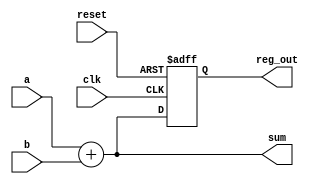
module combinational_sequential_example(
    input wire clk,             // Clock input
    input wire reset,           // Asynchronous reset
    input wire [3:0] a,         // 4-bit input a
    input wire [3:0] b,         // 4-bit input b
    output reg [3:0] sum,       // 4-bit output for sum
    output reg [3:0] reg_out    // 4-bit output for sequential logic
);

// Combinational logic using always @*
always @* begin
    sum = a + b;               // Sum is the addition of a and b
end

// Sequential logic using always @(posedge clk)
always @(posedge clk or posedge reset) begin
    if (reset) begin
        reg_out <= 4'b0000;    // Reset the register output to 0
    end else begin
        reg_out <= sum;        // On clock edge, update reg_out with the sum
    end
end

endmodule